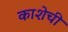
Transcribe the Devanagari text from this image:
काशेची